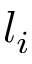
l _ { i }